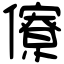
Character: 𠐟